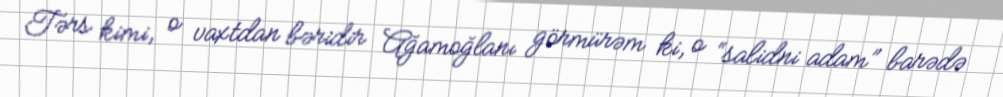
Tərs kimi, o vaxtdan bəridir Ağamoğlanı görmürəm ki, o “salidni adam” barədə